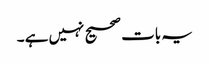
یہ بات صحیح نہیں ہے ۔